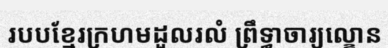
របបខ្មែរក្រហមដួលរលំ ព្រឹទ្ធាចារ្យល្ខោន